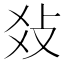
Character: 𤕝